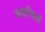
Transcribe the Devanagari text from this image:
अरुचियों